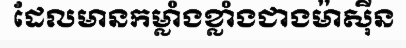
ដែលមានកម្លាំងខ្លាំងជាងម៉ាស៊ីន